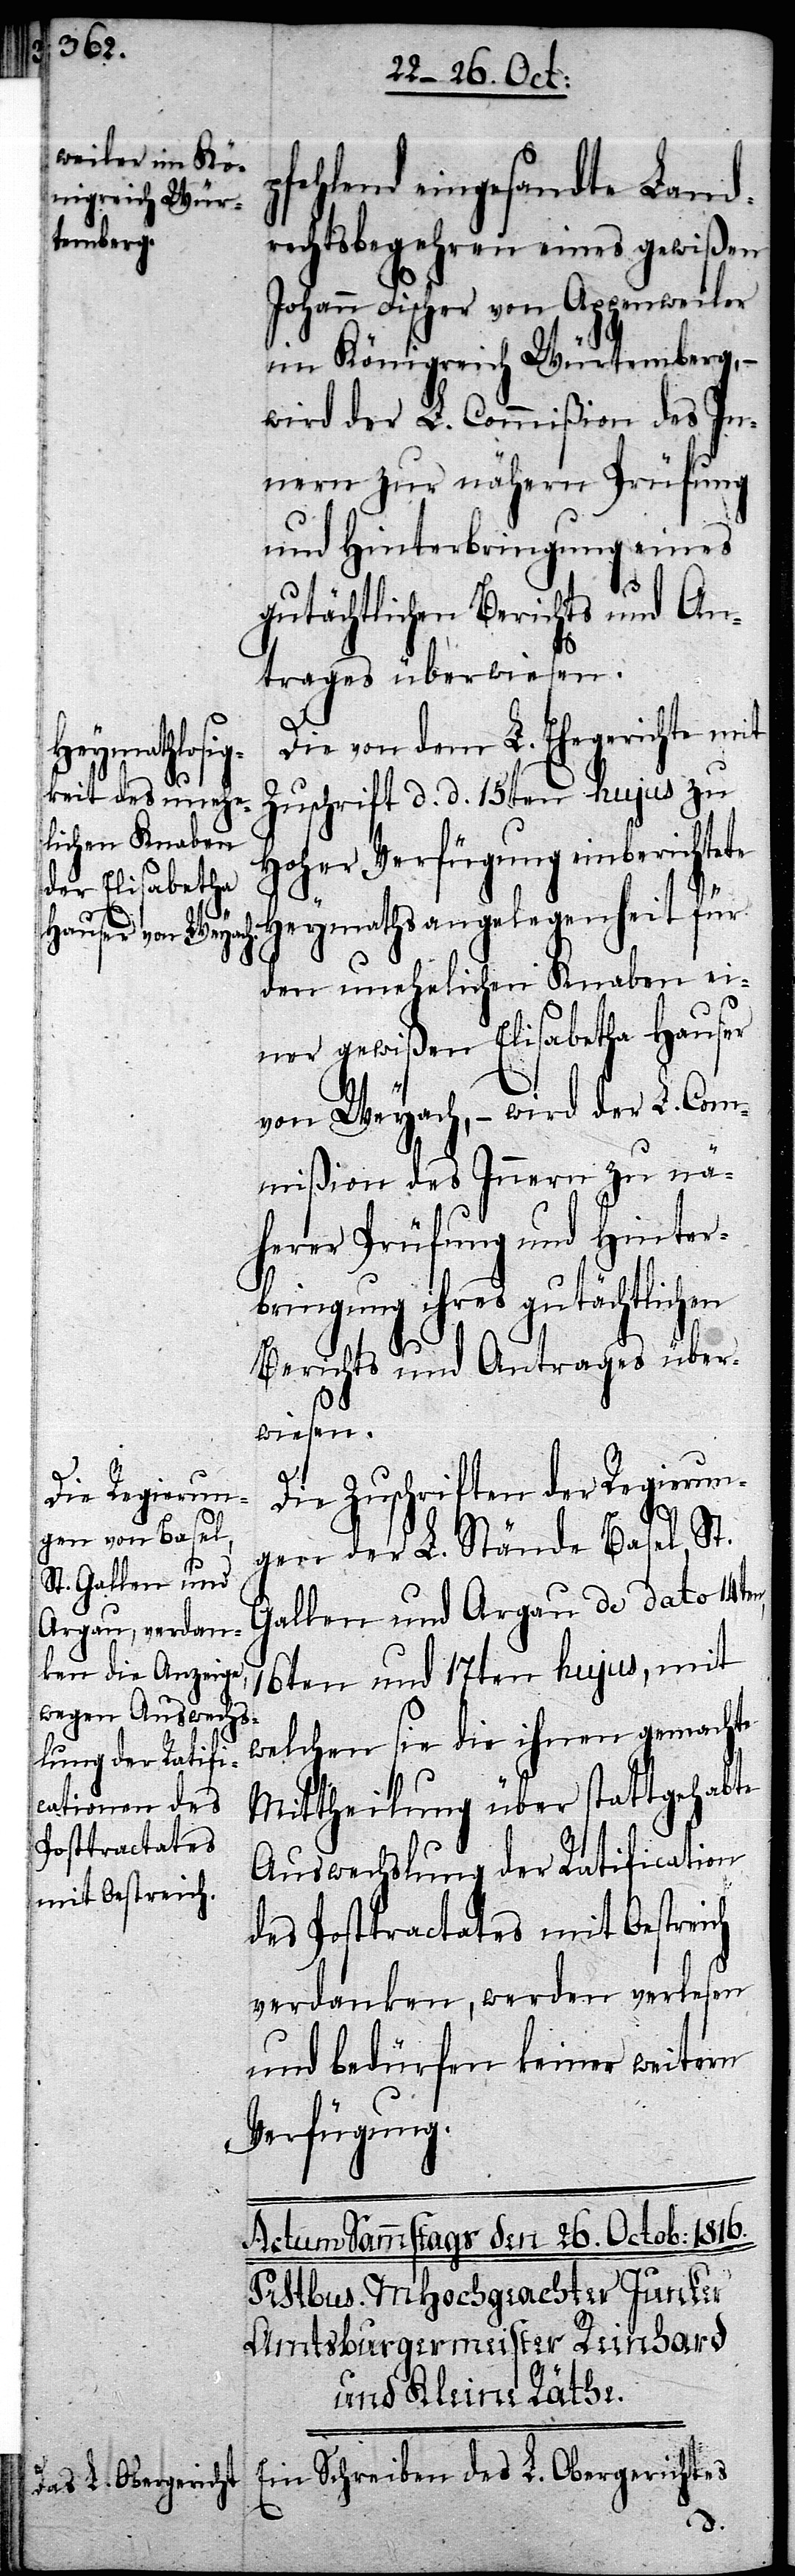
n,

pfehlend eingesandte Land¬
rechtsbegehren eines gewißen
Johann Fischer von Appenweiler
im Königreich Würtemberg, –
wird der L. Commißion des In¬
nern zur nähern Prüfung
und Hinterbringung eines
gutächtlichen Berichts und An¬
trages überwiesen.
Die von dem L. Ehegerichte mit
Zuschrift d. d. 15ten hujus zu
Hoher Verfügung einbericht¬
Heymathsangelegenheit für
den unehelichen Knaben ei¬
ner gewißen Elisabetha Hauser
von Weyach, – wird der L. Com¬
mißion des Innern zu nä¬
herer Prüfung und Hinter¬
bringung ihres gutächtlichen
Berichts und Antrages über¬
wiesen.
Die Zuschriften der Regierun¬
gen der L. Stände Basel, St.
Gallen und Argau de dato 14te¬
16ten und 17ten hujus, mit
welchen sie die ihnen gemachte
Mittheilung über stattgehabte
Auswechslung der Ratification
des Posttractates mit Oestreich
verdanken, werden verlesen
und bedürfen keiner weitern
Verfügung.
Ein Schreiben des L. Obergerichtes